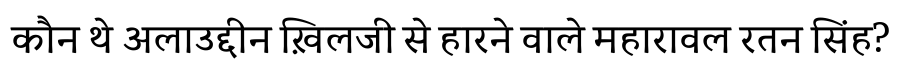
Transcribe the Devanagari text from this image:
कौन थे अलाउद्दीन ख़िलजी से हारने वाले महारावल रतन सिंह?